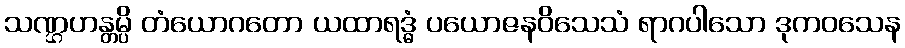
သဏ္ဌဟန္တမ္ပိ တံယောဂတော ယထာရဒ္ဓံ ပယောဇနဝိသေသံ ရာဂပါသော ဒုကဝသေန